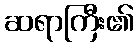
ဆရာကြီး၏